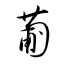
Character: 葡